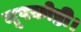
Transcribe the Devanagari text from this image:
मूषकोष्ठी।